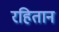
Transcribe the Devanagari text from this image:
रहितान